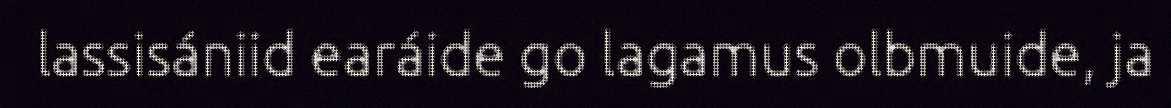
lassisániid earáide go lagamus olbmuide, ja